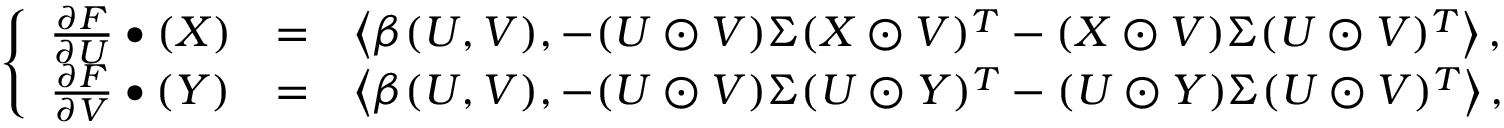
\left\{ \begin{array} { c c l } { \frac { \partial F } { \partial U } \bullet ( X ) } & { = } & { \left< \beta ( U , V ) , - ( U \odot V ) \Sigma ( X \odot V ) ^ { T } - ( X \odot V ) \Sigma ( U \odot V ) ^ { T } \right> , } \\ { \frac { \partial F } { \partial V } \bullet ( Y ) } & { = } & { \left< \beta ( U , V ) , - ( U \odot V ) \Sigma ( U \odot Y ) ^ { T } - ( U \odot Y ) \Sigma ( U \odot V ) ^ { T } \right> , } \end{array} \right.